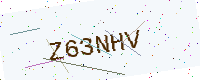
Text: Z63NHV